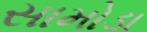
સામોડા